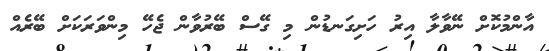
އާންމުކޮށް ނޭވާލާ އިރު ހަށިގަނޑުން މި ގޭސް ބޭރުވާން ޖެހޭ މިންވަރަކަށް ބޭރެއް